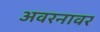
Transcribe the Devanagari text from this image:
अवरनावर